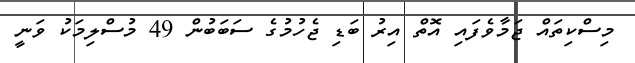
މިސްކިތައް ޖަމާވެފައި އޮތް އިރު ބަޑި ޖެހުމުގެ ސަބަބުން 49 މުސްލިމަކު ވަނީ